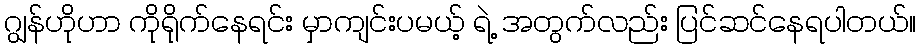
ဂျွန်ဟိုဟာ ကိုရိုက်နေရင်း မှာကျင်းပမယ့် ရဲ့ အတွက်လည်း ပြင်ဆင်နေရပါတယ်။